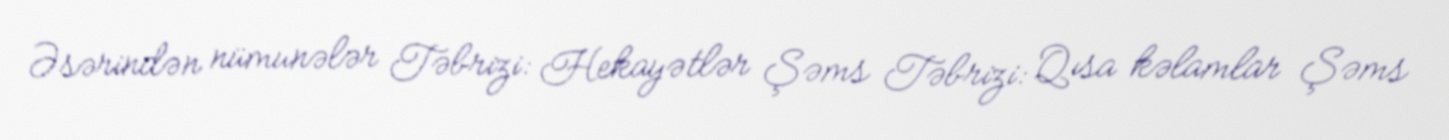
Əsərindən nümunələr Təbrizi: Hekayətlər Şəms Təbrizi: Qısa kəlamlar Şəms